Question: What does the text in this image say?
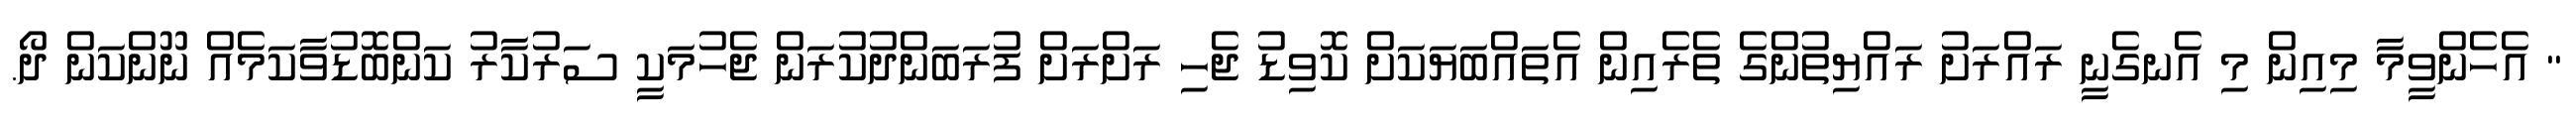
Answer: " އެހެންވީމާ މިއިން މި އެނގެނީ ރައްރަށު ރައްޔިތުންގެ ތެރެއިން އެތައްބަޔަކަށް ކޮވިޑު ޖެހި ރަށްރަށް ފުރަބަންދުކުރަން ޖެހުމަކީ ސަރުކާރު ކަންބޮޑުވާކަމެއް ނޫންކަން ދޯ.